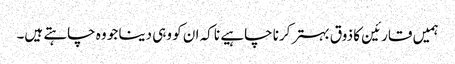
ہمیں قارئین کا ذوق بہتر کرنا چاہیے نا کہ ان کو وہی دینا جو وہ چاہتے ہیں۔